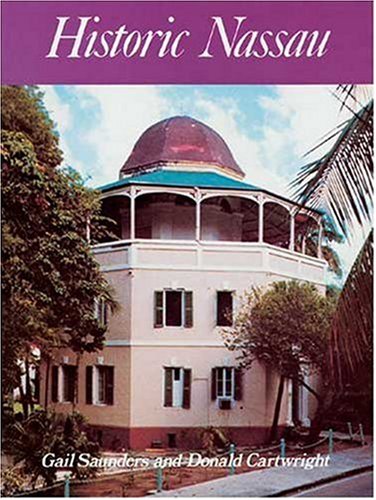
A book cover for Historic Nassau; G. Saunders; Travel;